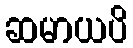
ဆမာယပိ